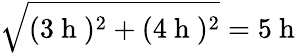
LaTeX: \sqrt{(3\mathrm{~h~})^{2}+(4\mathrm{~h~})^{2}}=5\mathrm{~h~}